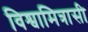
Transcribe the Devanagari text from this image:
विश्वामित्रासी